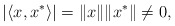
\begin{align*}|\langle x,x^*\rangle|=\|x\|\|x^*\|\neq 0,\end{align*}